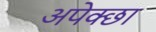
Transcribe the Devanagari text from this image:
अपेक्छा